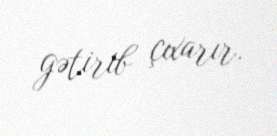
gətirib çıxarır.